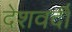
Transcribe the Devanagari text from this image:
देशवर्दी